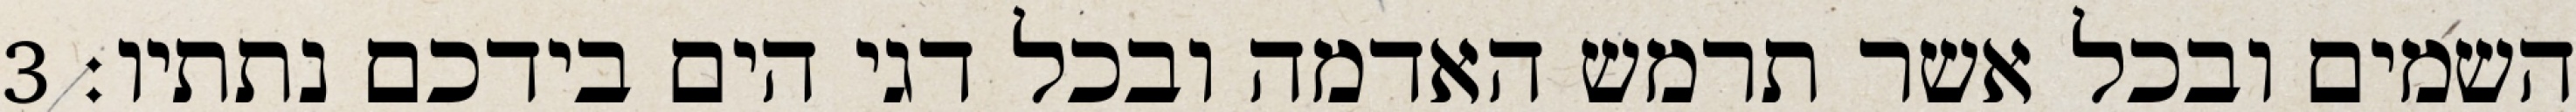
השמים ובכל אשר תרמש האדמה ובכל דגי הים בידכם נתתיו׃ ‎3‏